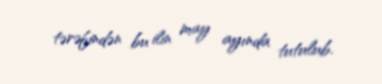
tərəfindən bu ilin may ayında tutulub.